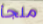
ملجأ